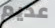
عديم